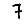
Digit: 7